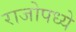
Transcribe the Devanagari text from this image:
राजोपध्ये